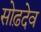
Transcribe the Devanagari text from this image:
सोढ़देव